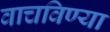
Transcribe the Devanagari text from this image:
वाचविण्या